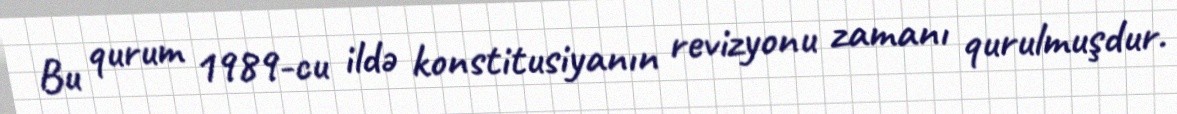
Bu qurum 1989-cu ildə konstitusiyanın revizyonu zamanı qurulmuşdur.